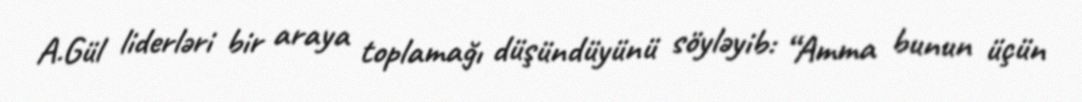
A.Gül liderləri bir araya toplamağı düşündüyünü söyləyib: “Amma bunun üçün